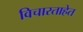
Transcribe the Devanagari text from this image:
विचारताहेत